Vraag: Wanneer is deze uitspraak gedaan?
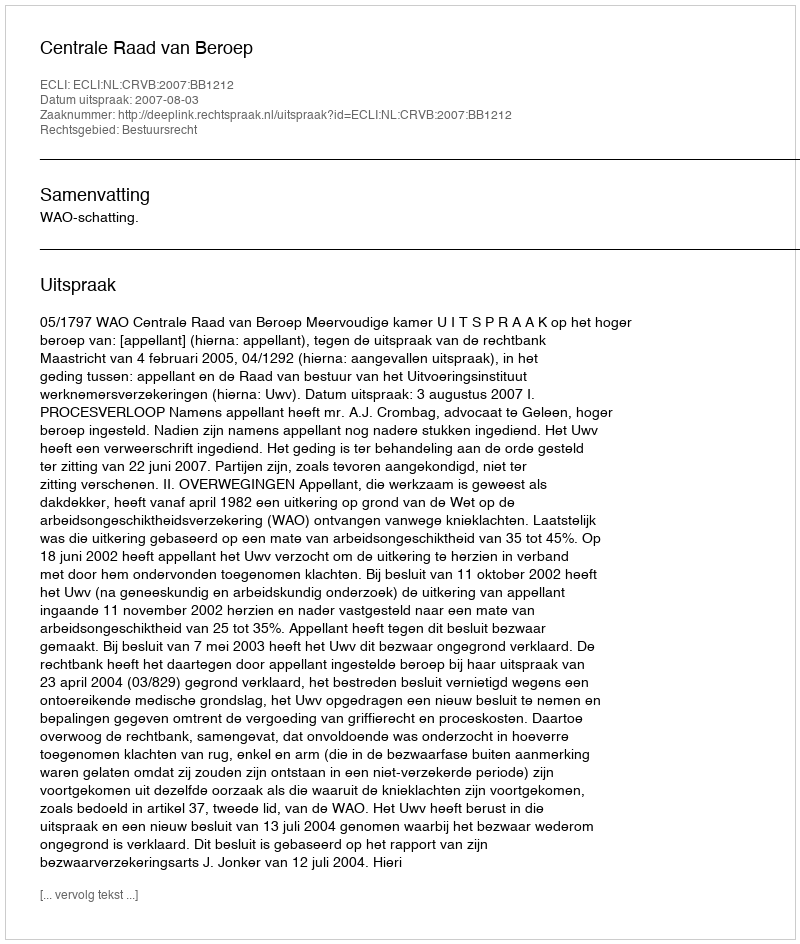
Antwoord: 2007-08-03